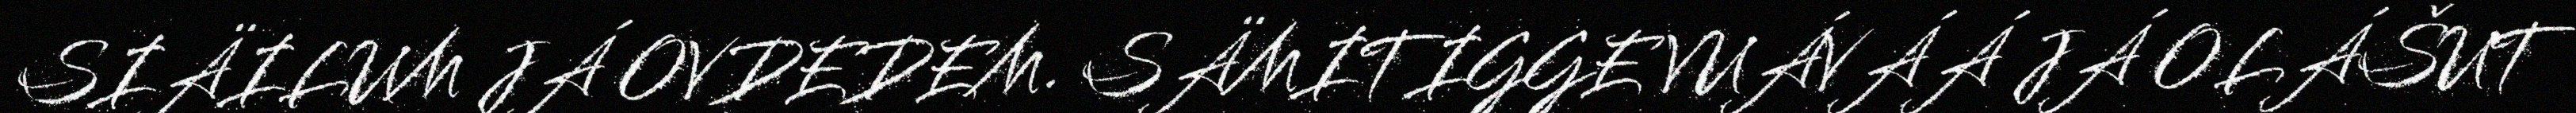
SIÄILUM JÁ OVDEDEM. SÄMITIGGE VUÁVÁÁ JÁ OLÁŠUT